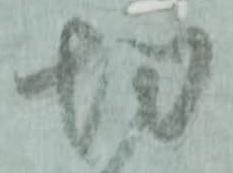
切